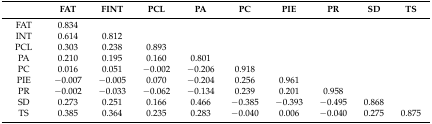
|  | FAT | FINT | PCL | PA | PC | PIE | PR | SD | TS |
 | --- | --- | --- | --- | --- | --- | --- | --- | --- | --- |
 | FAT | 0.834 |  |  |  |  |  |  |  |  |
 | INT | 0.614 | 0.812 |  |  |  |  |  |  |  |
 | PCL | 0.303 | 0.238 | 0.893 |  |  |  |  |  |  |
 | PA | 0.210 | 0.195 | 0.160 | 0.801 |  |  |  |  |  |
 | PC | 0.016 | 0.051 | −0.002 | −0.206 | 0.918 |  |  |  |  |
 | PIE | −0.007 | −0.005 | 0.070 | −0.204 | 0.256 | 0.961 |  |  |  |
 | PR | −0.002 | −0.033 | −0.062 | −0.134 | 0.239 | 0.201 | 0.958 |  |  |
 | SD | 0.273 | 0.251 | 0.166 | 0.466 | −0.385 | −0.393 | −0.495 | 0.868 |  |
 | TS | 0.385 | 0.364 | 0.235 | 0.283 | −0.040 | 0.006 | −0.040 | 0.275 | 0.875 |